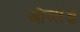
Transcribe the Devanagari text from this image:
ओलांड